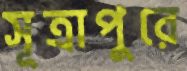
সূত্রাপুরে